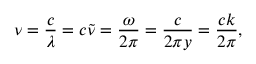
\nu = { \frac { c } { \lambda } } = c { \tilde { \nu } } = { \frac { \omega } { 2 \pi } } = { \frac { c } { 2 \pi y } } = { \frac { c k } { 2 \pi } } ,